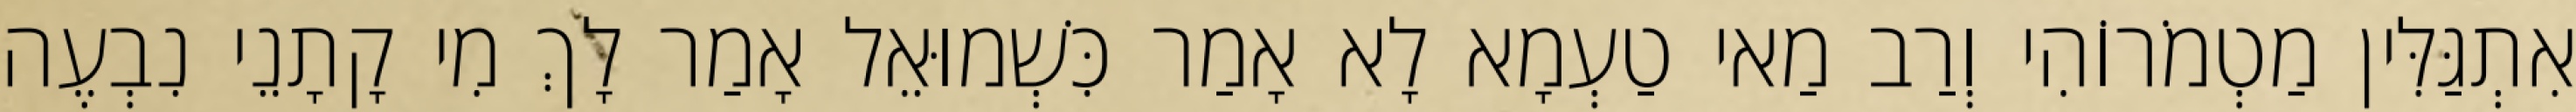
אִתְגַּלִּין מַטְמֹרוֹהִי וְרַב מַאי טַעְמָא לָא אָמַר כִּשְׁמוּאֵל אָמַר לָךְ מִי קָתָנֵי נִבְעֶה